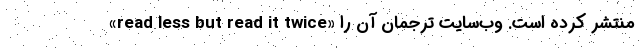
«read less but read it twice» منتشر کرده است. وب‌سایت ترجمان آن را